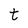
Character: t